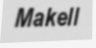
Makell